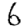
Digit: 6